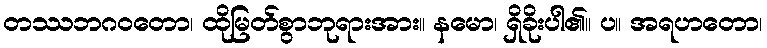
တဿဘဂဝတော၊ ထိုမြတ်စွာဘုရားအား။ နမော၊ ရှိခိုးပါ၏။ ပ။ အရဟတော၊